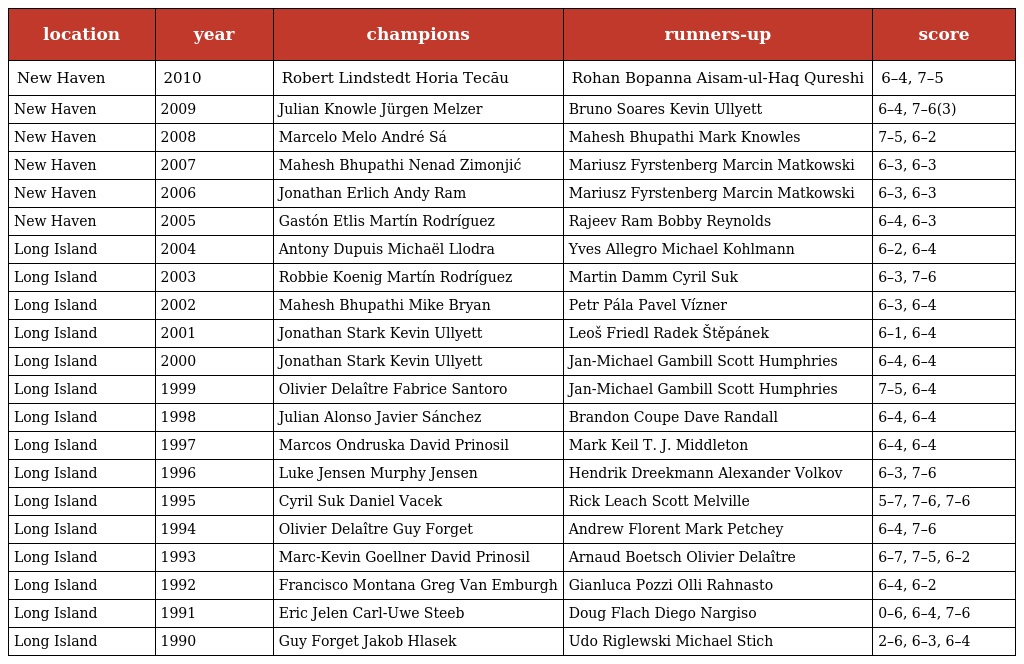
| location | year | champions | runners-up | score |
 | --- | --- | --- | --- | --- |
 | New Haven | 2010 | Robert Lindstedt Horia Tecău | Rohan Bopanna Aisam-ul-Haq Qureshi | 6–4, 7–5 |
 | New Haven | 2009 | Julian Knowle Jürgen Melzer | Bruno Soares Kevin Ullyett | 6–4, 7–6(3) |
 | New Haven | 2008 | Marcelo Melo André Sá | Mahesh Bhupathi Mark Knowles | 7–5, 6–2 |
 | New Haven | 2007 | Mahesh Bhupathi Nenad Zimonjić | Mariusz Fyrstenberg Marcin Matkowski | 6–3, 6–3 |
 | New Haven | 2006 | Jonathan Erlich Andy Ram | Mariusz Fyrstenberg Marcin Matkowski | 6–3, 6–3 |
 | New Haven | 2005 | Gastón Etlis Martín Rodríguez | Rajeev Ram Bobby Reynolds | 6–4, 6–3 |
 | Long Island | 2004 | Antony Dupuis Michaël Llodra | Yves Allegro Michael Kohlmann | 6–2, 6–4 |
 | Long Island | 2003 | Robbie Koenig Martín Rodríguez | Martin Damm Cyril Suk | 6–3, 7–6 |
 | Long Island | 2002 | Mahesh Bhupathi Mike Bryan | Petr Pála Pavel Vízner | 6–3, 6–4 |
 | Long Island | 2001 | Jonathan Stark Kevin Ullyett | Leoš Friedl Radek Štěpánek | 6–1, 6–4 |
 | Long Island | 2000 | Jonathan Stark Kevin Ullyett | Jan-Michael Gambill Scott Humphries | 6–4, 6–4 |
 | Long Island | 1999 | Olivier Delaître Fabrice Santoro | Jan-Michael Gambill Scott Humphries | 7–5, 6–4 |
 | Long Island | 1998 | Julian Alonso Javier Sánchez | Brandon Coupe Dave Randall | 6–4, 6–4 |
 | Long Island | 1997 | Marcos Ondruska David Prinosil | Mark Keil T. J. Middleton | 6–4, 6–4 |
 | Long Island | 1996 | Luke Jensen Murphy Jensen | Hendrik Dreekmann Alexander Volkov | 6–3, 7–6 |
 | Long Island | 1995 | Cyril Suk Daniel Vacek | Rick Leach Scott Melville | 5–7, 7–6, 7–6 |
 | Long Island | 1994 | Olivier Delaître Guy Forget | Andrew Florent Mark Petchey | 6–4, 7–6 |
 | Long Island | 1993 | Marc-Kevin Goellner David Prinosil | Arnaud Boetsch Olivier Delaître | 6–7, 7–5, 6–2 |
 | Long Island | 1992 | Francisco Montana Greg Van Emburgh | Gianluca Pozzi Olli Rahnasto | 6–4, 6–2 |
 | Long Island | 1991 | Eric Jelen Carl-Uwe Steeb | Doug Flach Diego Nargiso | 0–6, 6–4, 7–6 |
 | Long Island | 1990 | Guy Forget Jakob Hlasek | Udo Riglewski Michael Stich | 2–6, 6–3, 6–4 |